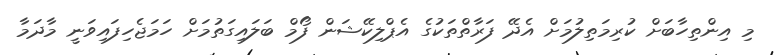
މި އިންތިހާބަށް ކުރިމަތިލުމަށް އެދޭ ފަރާތްތަކުގެ އެޕްލިކޭޝަން ފޯމް ބަލައިގަތުމަށް ހަމަޖެހިފައިވަނީ މާދަމާ